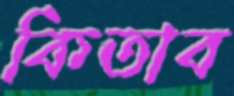
কিতাব